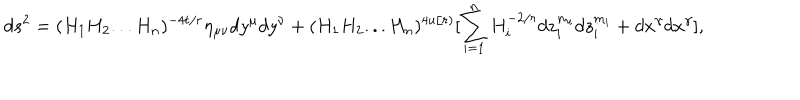
LaTeX: d s ^ { 2 } = ( H _ { 1 } H _ { 2 } . . . H _ { n } ) ^ { - 4 t / r } \eta _ { \mu \nu } d y ^ { \mu } d y ^ { \nu } + ( H _ { 1 } H _ { 2 } . . . H _ { n } ) ^ { 4 u / r ) } [ \sum _ { i = 1 } ^ { n } H _ { i } ^ { - 2 / r } d z _ { i } ^ { m _ { i } } d z _ { i } ^ { m _ { i } } + d x ^ { \gamma } d x ^ { \gamma } ] ,